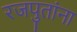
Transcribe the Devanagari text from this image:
रजपुतांना